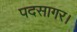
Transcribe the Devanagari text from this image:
पदसागर।